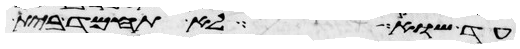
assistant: עד שוא לא תחמד בית